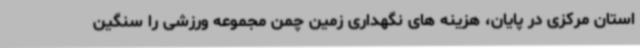
استان مرکزی در پایان، هزینه های نگهداری زمین چمن مجموعه ورزشی را سنگین